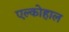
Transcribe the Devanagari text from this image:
एल्कोहाल